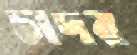
চাদর